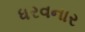
ધરવનાર